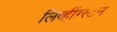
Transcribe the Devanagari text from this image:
लिव्हींग्स्टन